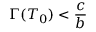
\Gamma ( T _ { 0 } ) < \frac { c } { b }